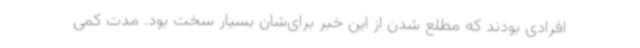
افرادی بودند که مطلع شدن از این خبر برای‌شان بسیار سخت بود. مدت کمی